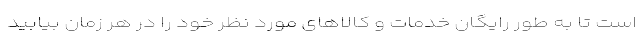
است تا به طور رایگان خدمات و کالاهای مورد نظر خود را در هر زمان بیابید